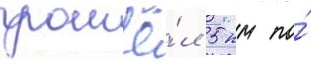
прошё́л 5 км по́